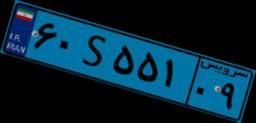
۶۰S۵۵۱۰۹